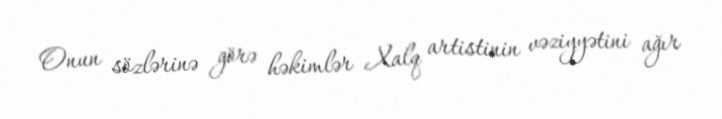
Onun sözlərinə görə həkimlər Xalq artistinin vəziyyətini ağır